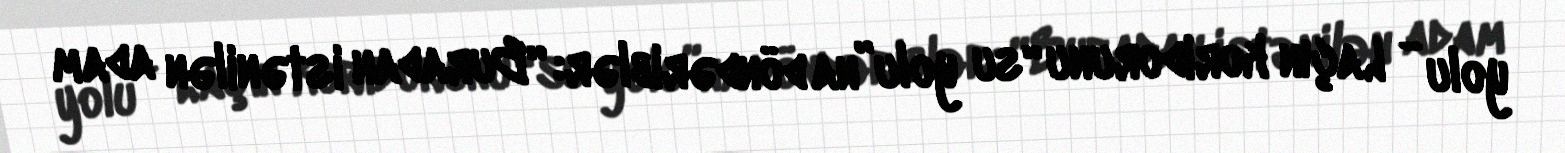
yolu - Laçın koridorunu “su yolu”na döndəriblər: “Buradan istənilən adam